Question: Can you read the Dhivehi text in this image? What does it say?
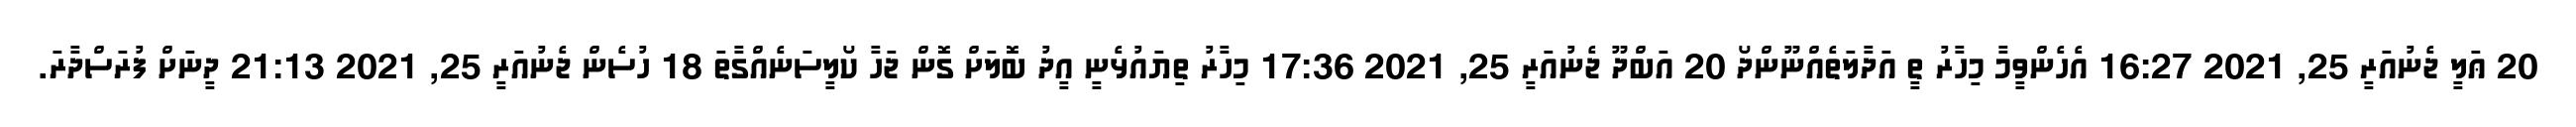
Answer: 20 ޢަލީ ޖެނުއަރީ 25, 2021 16:27 އެހެންވީމާ މިހާރު ތީ އަދާލަތެއްނޫންދޯ 20 އަބްދޫ ޖެނުއަރީ 25, 2021 17:36 މިހާރު ތިޔައުޅެނީ އީދު ބޮލަށް ގޮން ޖަހާ ކޯލީސަނެއްގާތަ 18 ހުސެން ޖެނުއަރީ 25, 2021 21:13 ދީނަށް ފުރަސްދާރަ.